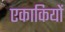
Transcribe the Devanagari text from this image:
एकाकियों